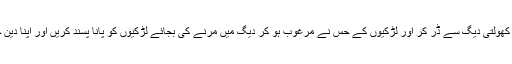
تاکہ ہم اس کھولتی دیگ سے ڈر کر اور لڑکیوں کے حس نے مرغوب ہو کر دیگ میں مرنے کی بجائے لڑکیوں کو پانا پسند کریں اور اپنا دین چھوڑ دیں ۔